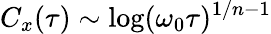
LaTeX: C_{x}(\tau)\sim\log(\omega_{0}\tau)^{1/n-1}